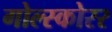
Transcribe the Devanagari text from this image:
गोल्स्कोरर